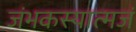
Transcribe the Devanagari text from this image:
जंभकस्यात्मजं